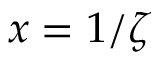
x = 1 / \zeta